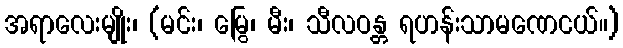
အရာလေးမျိုး၊ (မင်း၊ မြွေ၊ မီး၊ သီလဝန္တ ရဟန်းသာမဏေငယ်။)